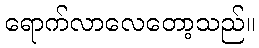
ရောက်လာလေတော့သည်။